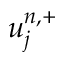
u _ { j } ^ { n , + }